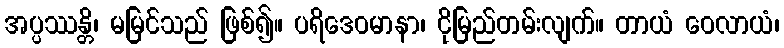
အပ္ပဿန္တိ၊ မမြင်သည် ဖြစ်၍။ ပရိဒေဝမာနာ၊ ငိုမြည်တမ်းလျက်။ တာယံ ဝေလာယံ၊